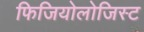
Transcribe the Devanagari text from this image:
फिजियोलोजिस्ट